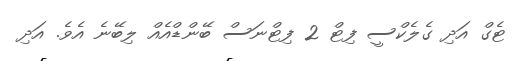
ޓެގް އަދި ގެލެކްސީ ފިޓް 2 ފިޓްނަސް ބޭންޑްއެއް ލިބޭނެ އެވެ. އަދި